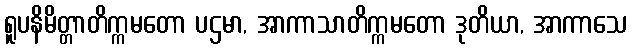
ရူပနိမိတ္တာတိက္ကမတော ပဌမာ, အာကာသာတိက္ကမတော ဒုတိယာ, အာကာသေ